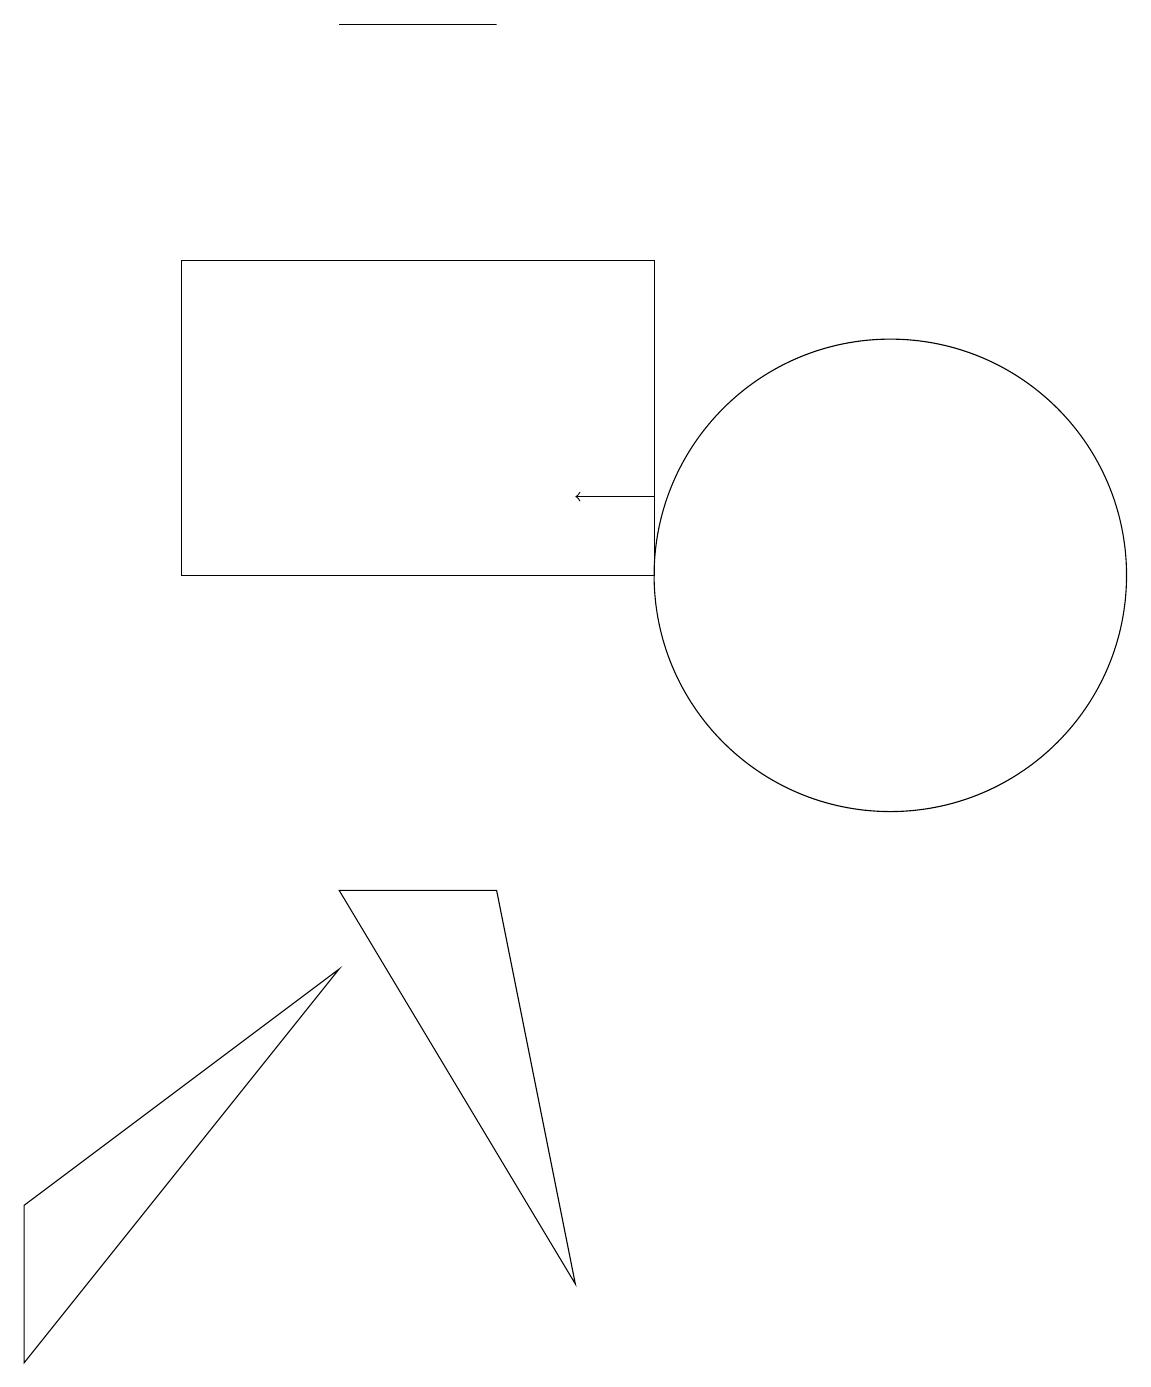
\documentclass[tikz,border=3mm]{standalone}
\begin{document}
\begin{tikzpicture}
\draw (6,17) rectangle (4,17);
\draw[->] (8,11) -- (7,11);
\draw (0,0) -- (4,5) -- (0,2) -- cycle;
\draw (7,1) -- (4,6) -- (6,6) -- cycle;
\draw (11,10) circle (3);
\draw (11,12) circle (0);
\draw (8,14) rectangle (2,10);
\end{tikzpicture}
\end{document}